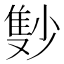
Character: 𲉫